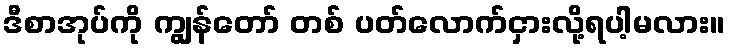
ဒီစာအုပ်ကို ကျွန်တော် တစ် ပတ်လောက်ငှားလို့ရပါ့မလား။